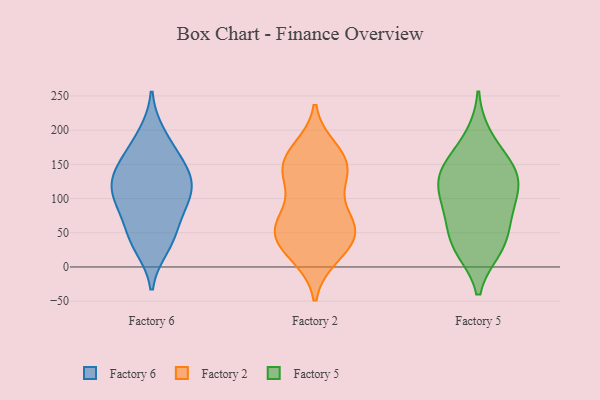
{"axis": {"x": "Page Views", "y": "Value"}, "legend": ["Factory 2", "Factory 5", "Factory 6"], "data": [{"x": "", "y": 123, "type": "Factory 6"}, {"x": "", "y": 129, "type": "Factory 6"}, {"x": "", "y": 87, "type": "Factory 6"}, {"x": "", "y": 46, "type": "Factory 6"}, {"x": "", "y": 193, "type": "Factory 6"}, {"x": "", "y": 146, "type": "Factory 6"}, {"x": "", "y": 115, "type": "Factory 6"}, {"x": "", "y": 145, "type": "Factory 6"}, {"x": "", "y": 172, "type": "Factory 6"}, {"x": "", "y": 44, "type": "Factory 6"}, {"x": "", "y": 30, "type": "Factory 6"}, {"x": "", "y": 92, "type": "Factory 6"}, {"x": "", "y": 98, "type": "Factory 6"}, {"x": "", "y": 163, "type": "Factory 2"}, {"x": "", "y": 53, "type": "Factory 2"}, {"x": "", "y": 28, "type": "Factory 2"}, {"x": "", "y": 166, "type": "Factory 2"}, {"x": "", "y": 43, "type": "Factory 2"}, {"x": "", "y": 16, "type": "Factory 2"}, {"x": "", "y": 128, "type": "Factory 2"}, {"x": "", "y": 67, "type": "Factory 2"}, {"x": "", "y": 45, "type": "Factory 2"}, {"x": "", "y": 56, "type": "Factory 2"}, {"x": "", "y": 137, "type": "Factory 2"}, {"x": "", "y": 73, "type": "Factory 2"}, {"x": "", "y": 153, "type": "Factory 2"}, {"x": "", "y": 133, "type": "Factory 2"}, {"x": "", "y": 173, "type": "Factory 2"}, {"x": "", "y": 15, "type": "Factory 2"}, {"x": "", "y": 134, "type": "Factory 2"}, {"x": "", "y": 55, "type": "Factory 2"}, {"x": "", "y": 86, "type": "Factory 2"}, {"x": "", "y": 32, "type": "Factory 5"}, {"x": "", "y": 86, "type": "Factory 5"}, {"x": "", "y": 81, "type": "Factory 5"}, {"x": "", "y": 125, "type": "Factory 5"}, {"x": "", "y": 137, "type": "Factory 5"}, {"x": "", "y": 112, "type": "Factory 5"}, {"x": "", "y": 148, "type": "Factory 5"}, {"x": "", "y": 64, "type": "Factory 5"}, {"x": "", "y": 30, "type": "Factory 5"}, {"x": "", "y": 155, "type": "Factory 5"}, {"x": "", "y": 190, "type": "Factory 5"}, {"x": "", "y": 121, "type": "Factory 5"}, {"x": "", "y": 26, "type": "Factory 5"}]}